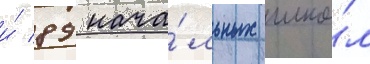
и́ 89 нача́льных шко́л